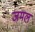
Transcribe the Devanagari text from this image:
जमल